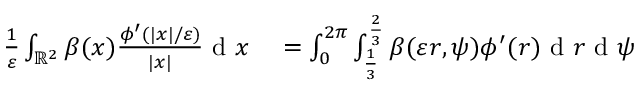
\begin{array} { r l } { \frac { 1 } { \varepsilon } \int _ { \mathbb { R } ^ { 2 } } \beta ( x ) \frac { \phi ^ { \prime } ( | x | / \varepsilon ) } { | x | } \textrm { d } x } & { { } = \int _ { 0 } ^ { 2 \pi } \int _ { \frac { 1 } { 3 } } ^ { \frac { 2 } { 3 } } \beta ( \varepsilon r , \psi ) \phi ^ { \prime } ( r ) \textrm { d } r \textrm { d } \psi } \end{array}